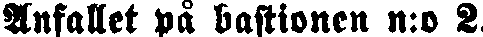
Anfallet på bastionen n:o 2.